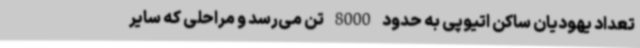
تعداد یهودیان ساکن اتیوپی به حدود 8000 تن می‌رسد و مراحلی که سایر